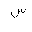
Letter: _sin